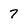
Character: 7